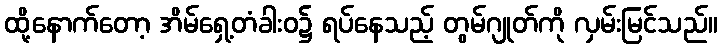
ထို့နောက်တော့ အိမ်ရှေ့တံခါးဝ၌ ရပ်နေသည့် တွမ်ဂျုတ်ကို လှမ်းမြင်သည်။